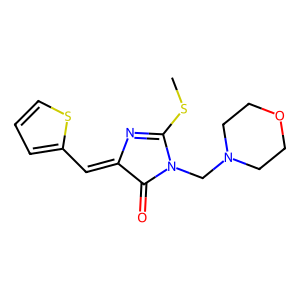
SMILES: CSC1=NC(=Cc2cccs2)C(=O)N1CN1CCOCC1
Inhibits HIV replication: No